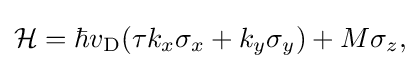
{\begin{aligned}{\cal {H}}=\hbar v_{\rm {D}}(\tau k_{x}\sigma _{x}+k_{y}\sigma _{y})+M\sigma _{z},\end{aligned}}